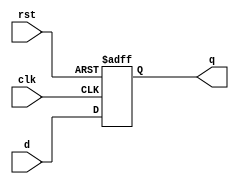
module flip_flop(
    input wire clk,
    input wire rst,
    input wire d,
    output reg q
);

always @(posedge clk or posedge rst) begin
    if(rst) begin
        q <= 1'b0; // reset behavior
    end else begin
        q <= d; // storing and propagating input data based on clock
    end
end

endmodule